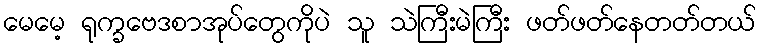
မေမေ့ ရုက္ခဗေဒစာအုပ်တွေကိုပဲ သူ သဲကြီးမဲကြီး ဖတ်ဖတ်နေတတ်တယ်